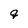
Character: q